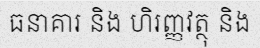
ធនាគារ និង ហិរញ្ញវត្ថុ និង